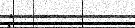
: